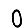
Digit: 0